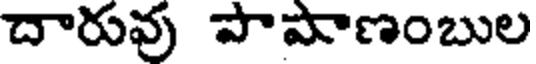
దారువు పాపాణంబుల